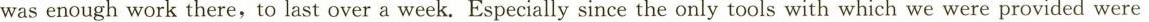
was enough work there,to last over a week. Especially since the only tools with which we were provided were